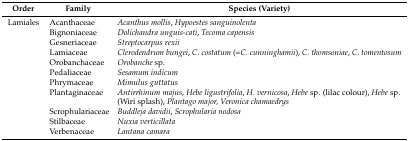
| Order | Family | Species (Variety) |
 | --- | --- | --- |
 | Lamiales | Acanthaceae | Acanthus mollis, Hypoestes sanguinolenta |
 |  | Bignoniaceae | Dolichandra unguis-cati, Tecoma capensis |
 |  | Gesneriaceae | Streptocarpus rexii |
 |  | Lamiaceae | Clerodendrum bungei, C. costatum (=C. cunninghamii), C. thomsoniae, C. tomentosum |
 |  | Orobanchaceae | Orobanche sp. |
 |  | Pedaliaceae | Sesamum indicum |
 |  | Phrymaceae | Mimulus guttatus |
 |  | Plantaginaceae | Antirrhinum majus, Hebe ligustrifolia, H. vernicosa, Hebe sp. (lilac colour), Hebe sp. (Wiri splash), Plantago major, Veronica chamaedrys |
 |  | Scrophulariaceae | Buddleja davidii, Scrophularia nodosa |
 |  | Stilbaceae | Nuxia verticillata |
 |  | Verbenaceae | Lantana camara |